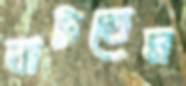
বাটতেম